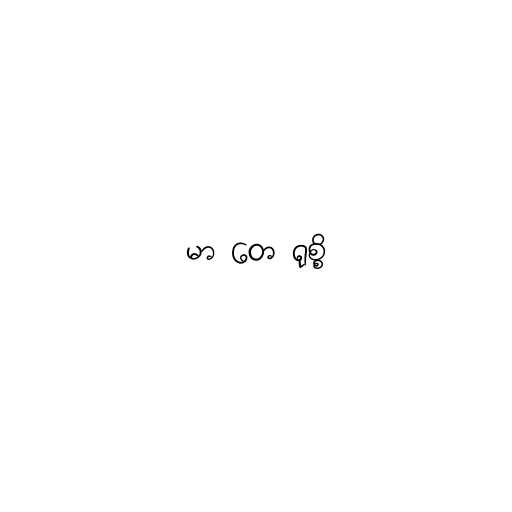
မာ တေ ရုစ္စိ